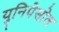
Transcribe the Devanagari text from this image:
युनिपेसोल